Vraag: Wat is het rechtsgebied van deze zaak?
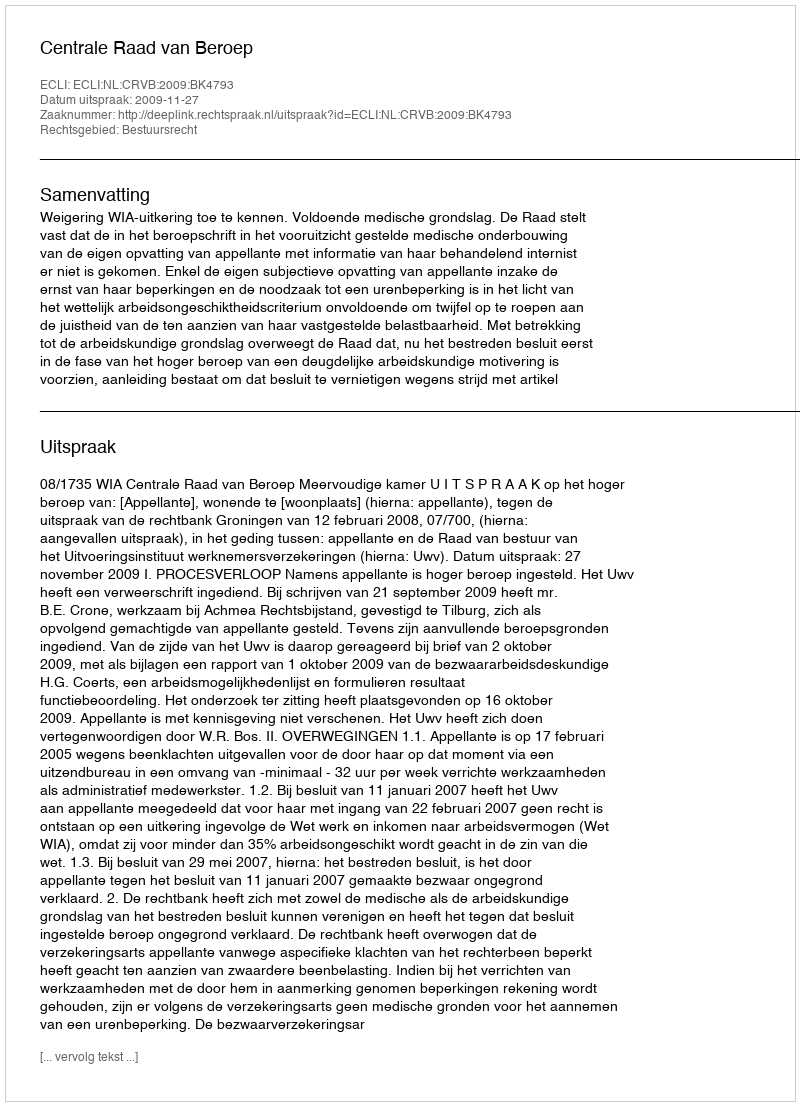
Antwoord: Bestuursrecht